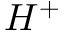
H ^ { + }